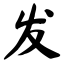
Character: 发